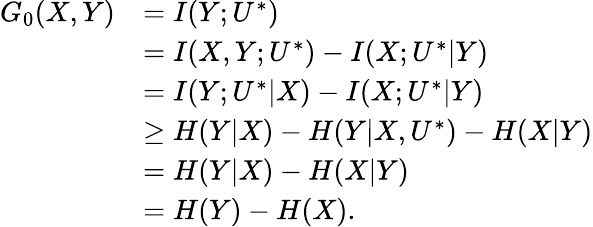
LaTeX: \begin{array}{rl}{G_{0}(X,Y)}&{=I(Y;U^{*})}\\ &{=I(X,Y;U^{*})-I(X;U^{*}|Y)}\\ &{=I(Y;U^{*}|X)-I(X;U^{*}|Y)}\\ &{\geq H(Y|X)-H(Y|X,U^{*})-H(X|Y)}\\ &{=H(Y|X)-H(X|Y)}\\ &{=H(Y)-H(X).}\end{array}